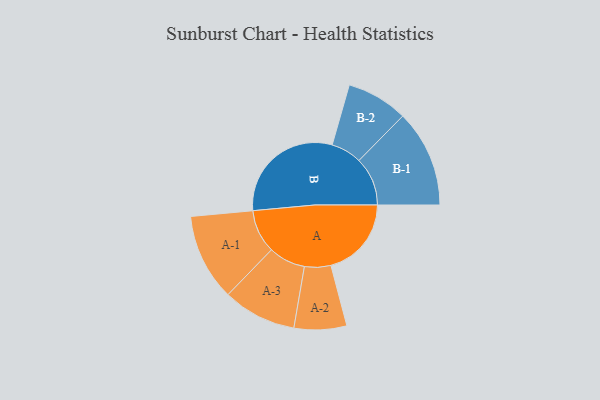
{"axis": {"x": "Segment", "y": "Value"}, "legend": ["", "A", "B"], "data": [{"x": "A", "y": 328, "type": ""}, {"x": "B", "y": 485, "type": ""}, {"x": "A-1", "y": 177, "type": "A"}, {"x": "A-2", "y": 107, "type": "A"}, {"x": "A-3", "y": 150, "type": "A"}, {"x": "B-1", "y": 198, "type": "B"}, {"x": "B-2", "y": 125, "type": "B"}]}